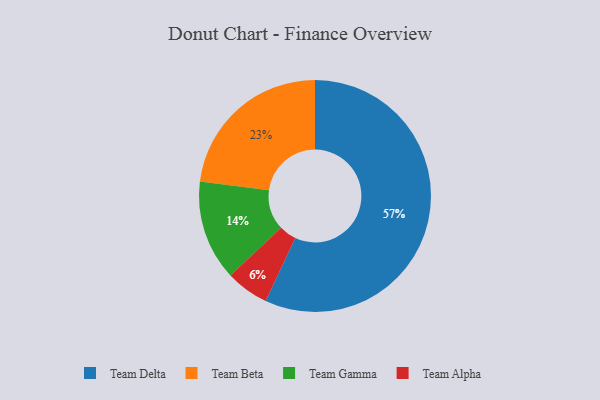
{"axis": {"x": "Category", "y": "Percentage"}, "legend": ["Team Alpha", "Team Beta", "Team Delta", "Team Gamma"], "data": [{"x": "Team Alpha", "y": 6, "type": "Team Alpha"}, {"x": "Team Gamma", "y": 14, "type": "Team Gamma"}, {"x": "Team Beta", "y": 23, "type": "Team Beta"}, {"x": "Team Delta", "y": 57, "type": "Team Delta"}]}